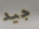
جيد